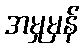
အမှုမှန်